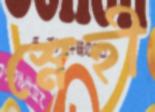
স্নেহী